Civil Veterinary Department. Madras. Admin. report 1910-25 - 1910-1925
Year: 1910
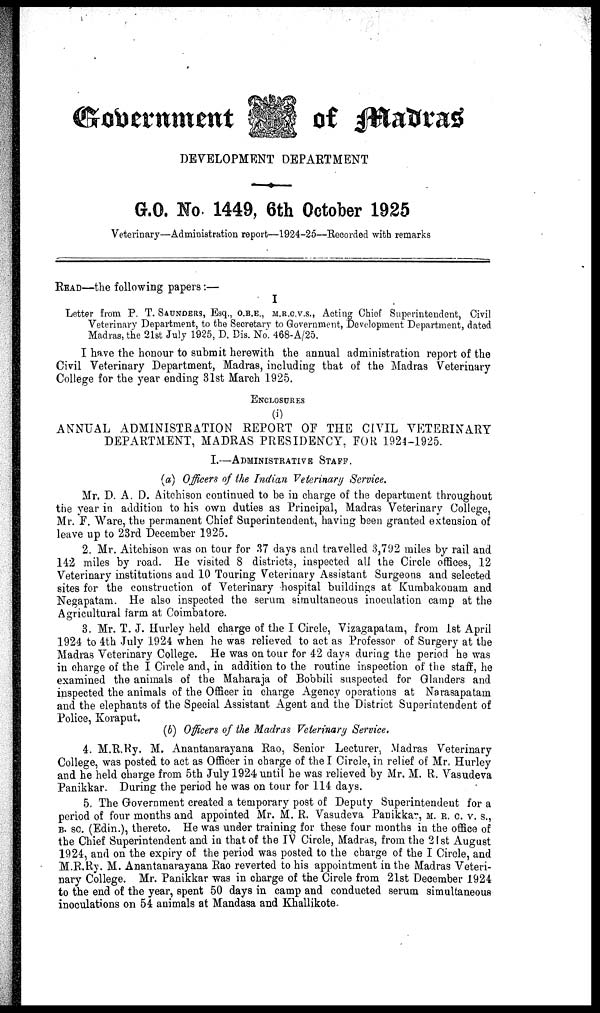
Government of Madras
DEVELOPMENT DEPARTMENT
G.O. No. 1449, 6th October 1925
Veterinary—Administration report—1924-25—Recorded with remarks
READ—the following papers:—
I
Letter from P. T. SAUNDERS, Esq., O.B.E., M.R.C.V.S., Acting Chief Superintendent, Civil
Veterinary Department, to the Secretary to Government, Development Department, dated
Madras, the 21st July 1925, D. Bis. No. 468-A/25.
I have the honour to submit herewith the annual administration report of the
Civil Veterinary Department, Madras, including that of the Madras Veterinary
College for the year ending 31st March 1925.
ENCLOSURES
(i)
ANNUAL ADMINISTRATION REPORT OF THE CIVIL VETERINARY
DEPARTMENT, MADRAS PRESIDENCY, FOR 1924-1925.
I.—ADMINISTRATIVE STAFF.
(a) Officers of the Indian Veterinary Service.
Mr. D. A. D. Aitchison continued to be in charge of the department throughout
the year in addition to his own duties as Principal, Madras Veterinary College,
Mr. E. Ware, the permanent Chief Superintendent, having been granted extension of
leave up to 23rd December 1925.
2. Mr. Aitchison was on tour for 37 days and travelled 3,792 miles by rail and
142 miles by road. He visited 8 districts, inspected all the Circle offices, 12
Veterinary institutions and 10 Touring Veterinary Assistant Surgeons and selected
sites for the construction of Veterinary hospital buildings at Kumbakonam and
Negapatam. He also inspected the serum simultaneous inoculation camp at the
Agricultural farm at Coimbatore.
3. Mr. T. J. Hurley held charge of the I Circle, Vizagapatam, from 1st April
1924 to 4th July 1924 when he was relieved to act as Professor of Surgery at the
Madras Veterinary College. He was on tour for 42 days during the period he was
in charge of the I Circle and, in addition to the routine inspection of the staff, he
examined the animals of the Maharaja of Bobbili suspected for Glanders and
inspected the animals of the Officer in charge Agency operations at Narasapatam
and the elephants of the Special Assistant Agent and the District Superintendent of
Police, Koraput.
(b) Officers of the Madras Veterinary Service.
4. M.R.Ry. M. Anantanarayana Rao, Senior Lecturer, Madras Veterinary
College, was posted to act as Officer in charge of the I Circle, in relief of Mr, Hurley
and he held charge from 5th July 1924 until he was relieved by Mr. M. R. Vasudeva
Panikkar. During the period he was on tour for 114 days.
5. The Government created a temporary post of Deputy Superintendent for a
period of four months and appointed Mr. M. R. Vasudeva Panikkar, M. R. C. V. S.,
B. sc. (Edin.), thereto. He was under training for these four months in the office of
the Chief Superintendent and in that of the IV Circle, Madras, from the 21st August
1924, and on the expiry of the period was posted to the charge of the I Circle, and
M.R.Ry. M. Anantanarayana Rao reverted to his appointment in the Madras Veteri-
nary College. Mr. Panikkar was in charge of the Circle from 21st December 1924
to the end of the year, spent 50 days in camp and conducted serum simultaneous
inoculations on 54 animals at Mandasa and Khallikote.